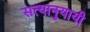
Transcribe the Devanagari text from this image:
सत्यानुयायी